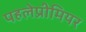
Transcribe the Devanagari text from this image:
पहलेप्रीमियर